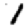
Digit: 1